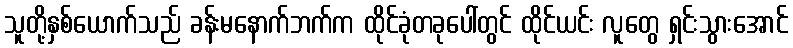
သူတို့နှစ်ယောက်သည် ခန်းမနောက်ဘက်က ထိုင်ခုံတခုပေါ်တွင် ထိုင်ယင်း လူတွေ ရှင်းသွားအောင်